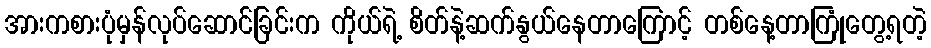
အားကစားပုံမှန်လုပ်ဆောင်ခြင်းက ကိုယ်ရဲ့ စိတ်နဲ့ဆက်နွယ်နေတာကြောင့် တစ်နေ့တာကြုံတွေ့ရတဲ့